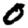
Digit: 0